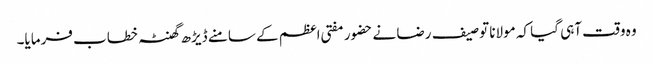
وہ وقت آہی گیا کہ مولانا توصیف رضا نے حضور مفتی اعظم کے سامنے ڈیڑھ گھنٹہ خطاب فرمایا۔